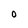
Character: O